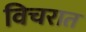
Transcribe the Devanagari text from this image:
विचरात